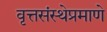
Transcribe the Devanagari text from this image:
वृत्तसंस्थेप्रमाणे